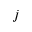
j